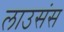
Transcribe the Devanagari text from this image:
लाउसंस